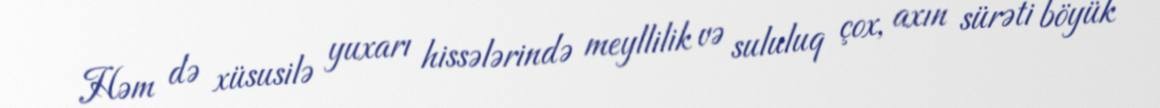
Həm də xüsusilə yuxarı hissələrində meyllilik və sululuq çox, axın sürəti böyük